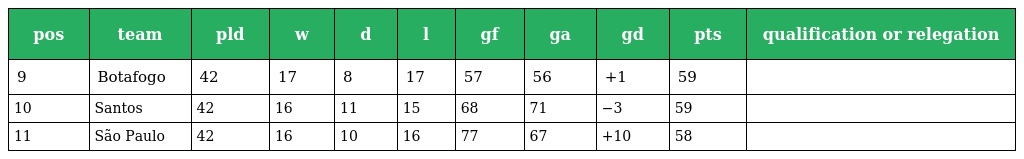
| pos | team | pld | w | d | l | gf | ga | gd | pts | qualification or relegation |
 | --- | --- | --- | --- | --- | --- | --- | --- | --- | --- | --- |
 | 9 | Botafogo | 42 | 17 | 8 | 17 | 57 | 56 | +1 | 59 |  |
 | 10 | Santos | 42 | 16 | 11 | 15 | 68 | 71 | −3 | 59 |  |
 | 11 | São Paulo | 42 | 16 | 10 | 16 | 77 | 67 | +10 | 58 |  |